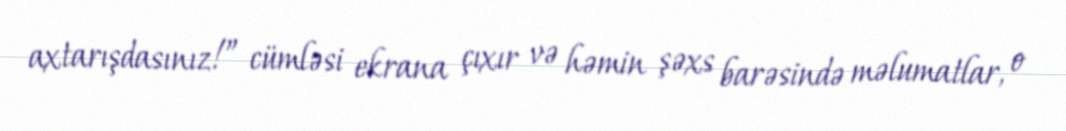
axtarışdasınız!” cümləsi ekrana çıxır və həmin şəxs barəsində məlumatlar, o